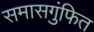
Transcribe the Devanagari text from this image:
समासगुंफित